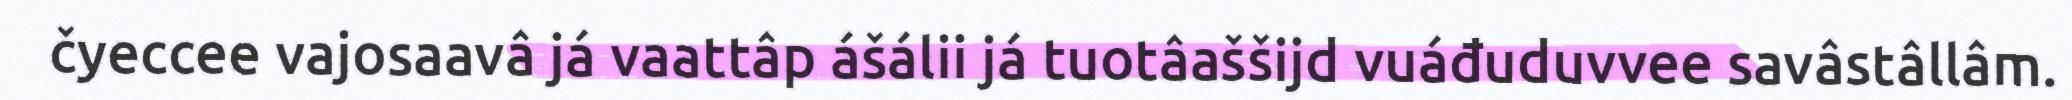
čyeccee vajosaavâ já vaattâp ášálii já tuotâaššijd vuáđuduvvee savâstâllâm.